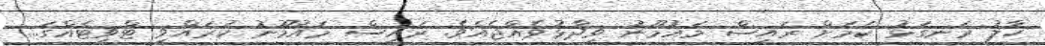
ހާލު ރަނގަޅު ކަމަށް ރައީސް މައުމޫނު ވިދާޅުވެއްޖެއެވެ. ރައީސް މައުމޫނު ކުރައްވި ޓްވީޓެއްގަ...